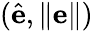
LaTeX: (\hat{\mathbf e},\lVert\mathbf e\rVert)